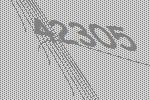
42305